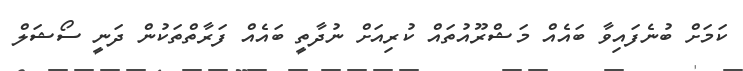
ކަމަށް ބުނެފައިވާ ބައެއް މަޝްރޫއުތައް ކުރިއަށް ނުދާތީ ބައެއް ފަރާތްތަކުން ދަނީ ސޯޝަލް